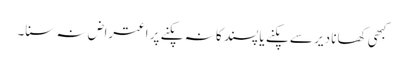
کبھی کھانا دیر سے پکنے یا پسند کا نہ پکنے پر اعتراض نہ سنا۔